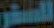
للسفر